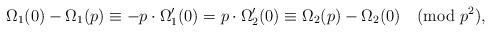
LaTeX: \begin{align*}\Omega_1(0)-\Omega_1(p)\equiv -p\cdot\Omega_1'(0)=p\cdot\Omega_2'(0)\equiv\Omega_2(p)-\Omega_2(0)\pmod{p^2},\end{align*}